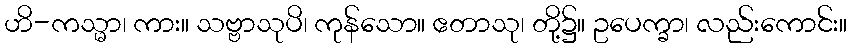
ဟိ-ကသ္မာ၊ ကား။ သဗ္ဗာသုပိ၊ ကုန်သော။ ဧတာသု၊ တို့၌။ ဥပေက္ခာ၊ လည်းကောင်း။